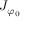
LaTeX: J _ { \varphi _ { 0 } }